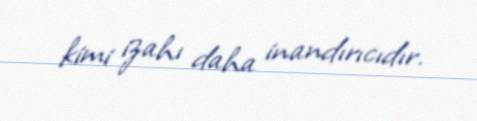
kimi izahı daha inandırıcıdır.